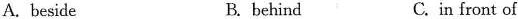
A. beside B. behind C. in front of